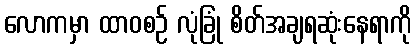
လောကမှာ ထာဝစဉ် လုံခြုံ စိတ်အချရဆုံးနေရာကို